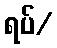
ရပ်/